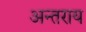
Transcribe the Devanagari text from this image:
अन्तराय